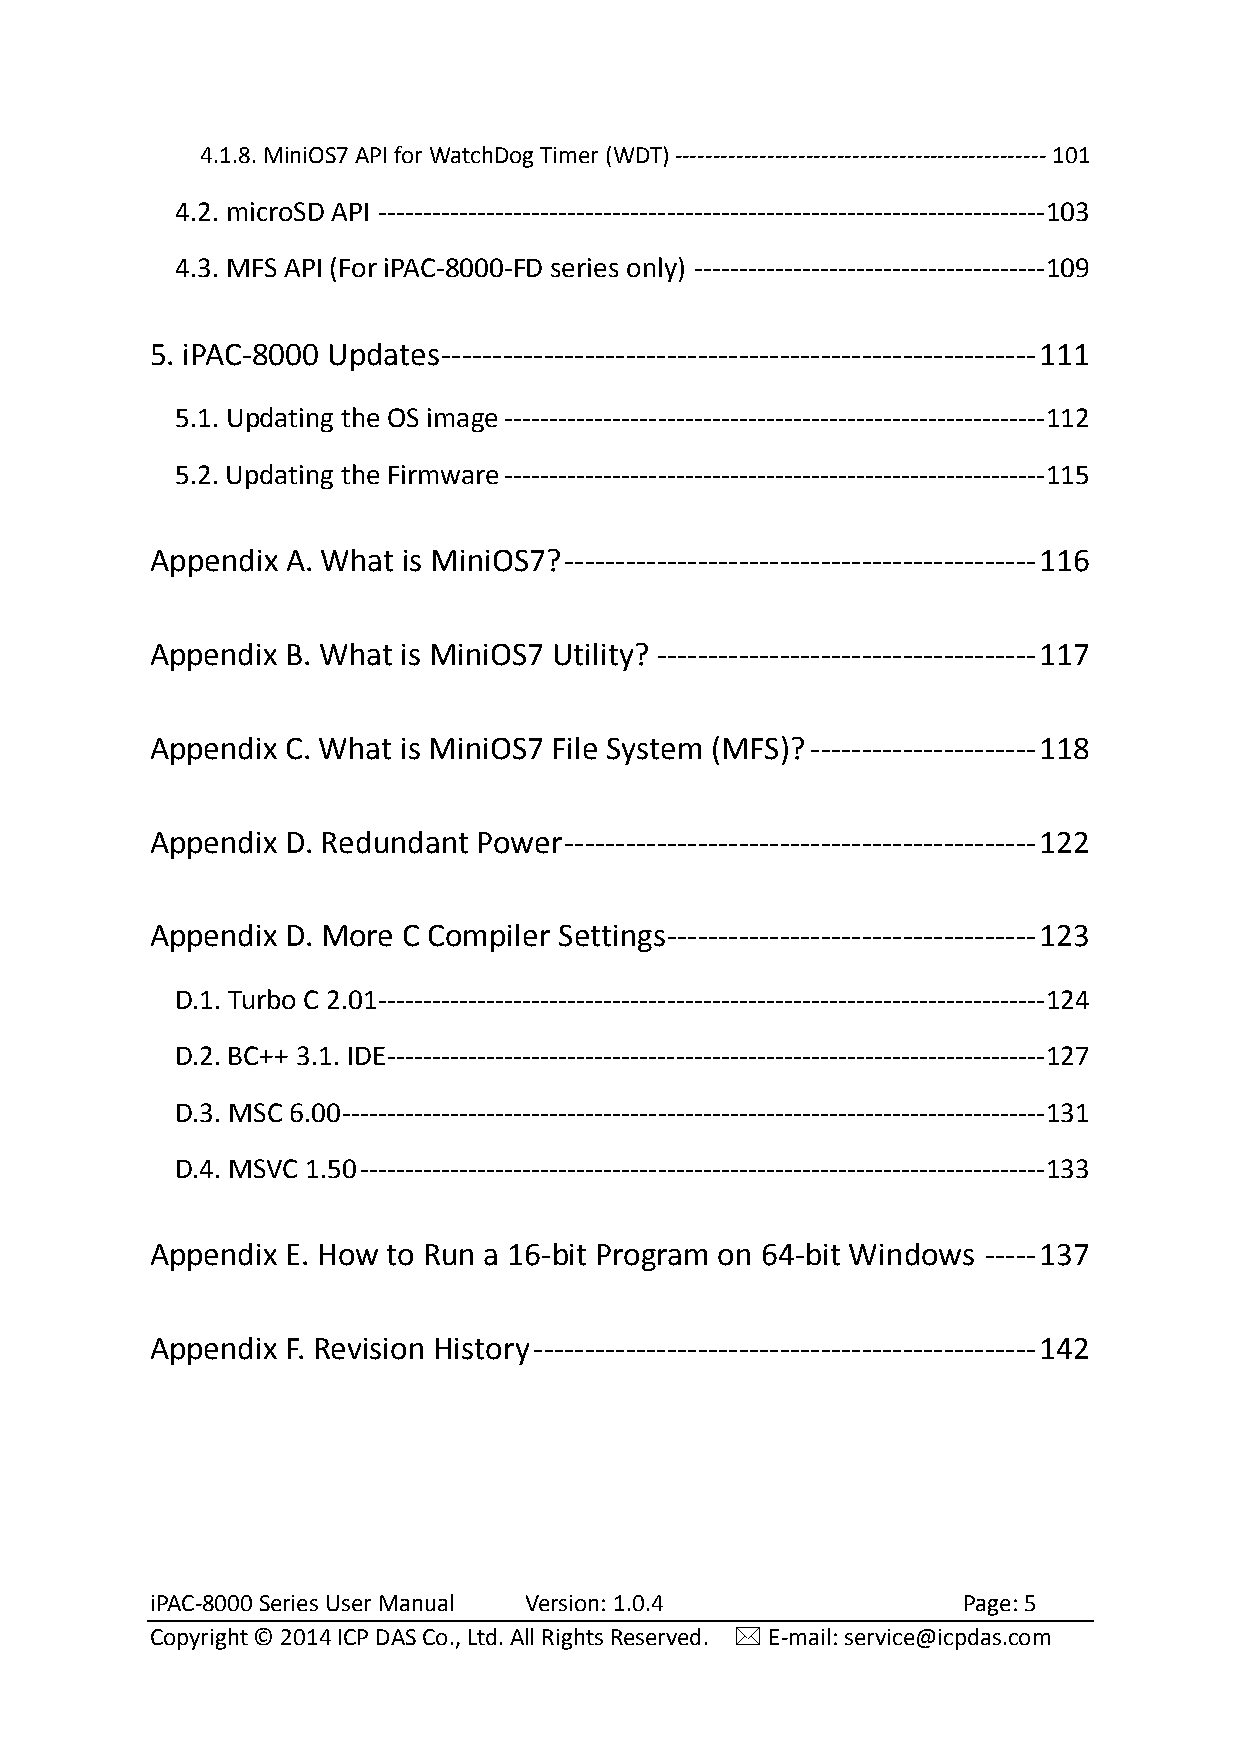
4.1.8. MiniOS7 API for WatchDog Timer (WDT) ------------------------------------------------ 101
 4.2. microSD API -------------------------------------------------------------------------- 103
 4.3. MFS API (For iPAC-8000-FD series only) --------------------------------------- 109
 5. iPAC-8000 Updates ---------------------------------------------------------- 111
 5.1. Updating the OS image ------------------------------------------------------------ 112
 5.2. Updating the Firmware ------------------------------------------------------------ 115
 Appendix A. What is MiniOS7? ---------------------------------------------- 116
 Appendix B. What is MiniOS7 Utility? ------------------------------------- 117
 Appendix C. What is MiniOS7 File System (MFS)? ---------------------- 118
 Appendix D. Redundant Power ---------------------------------------------- 122
 Appendix D. More C Compiler Settings ------------------------------------ 123
 D.1. Turbo C 2.01 -------------------------------------------------------------------------- 124
 D.2. BC++ 3.1. IDE ------------------------------------------------------------------------- 127
 D.3. MSC 6.00 ------------------------------------------------------------------------------ 131
 D.4. MSVC 1.50 ---------------------------------------------------------------------------- 133
 Appendix E. How to Run a 16-bit Program on 64-bit Windows ----- 137
 Appendix F. Revision History ------------------------------------------------- 142
 iPAC-8000 Series User Manual Version: 1.0.4           Page: 5
 Copyright © 2014 ICP DAS Co., Ltd. All Rights Reserved.  E-mail: service@icpdas.com